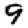
Digit: 9